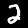
Label: 2